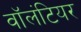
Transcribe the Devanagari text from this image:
वाॅलंटियर